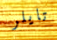
تايلر